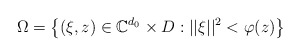
\begin{align*}\Omega=\left\{(\xi, z)\in \mathbb{C}^{d_{0}}\times D : ||\xi||^{2}<\varphi(z)\right\}\end{align*}